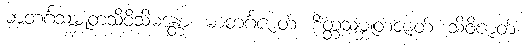
မာတင်္ဂသမ္ဘူတသိဝိသိမန္တော၊ မာတင်္ဂဇာတ်၊ စိတ္တသမ္ဘူတဇာတ်၊ သိဝိဇာတ်၊